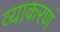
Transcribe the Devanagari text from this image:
व्याकरणं